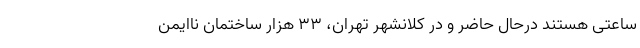
ساعتی هستند درحال حاضر و در کلانشهر تهران، ۳۳ هزار ساختمان ناایمن